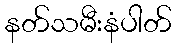
နတ်သမီးနံပါတ်